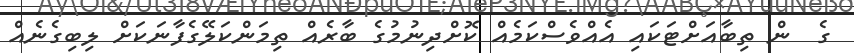
ގެ  ން ތިބާއަށްޓަކައި އެއްވެސްކަމެއް ކޮށްދިނުމުގެ ބާރެއް ތިމަންކަލޭގެފާނަކަށް ލިބިގެނެއް